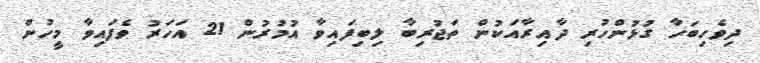
ދިވެހިބަހާ ގުޅުންހުރި ދާއިރާއަކުން ތަޖުރިބާ ލިބިފައިވާ އުމުރުން 21 އަހަރު ވެފައިވާ މީހުން